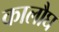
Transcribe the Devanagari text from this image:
कालौघ